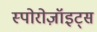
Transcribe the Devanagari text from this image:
स्पोरोज़ॉइट्स